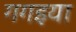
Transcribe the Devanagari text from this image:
गगइया